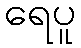
ရေပူ